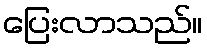
ပြေးလာသည်။